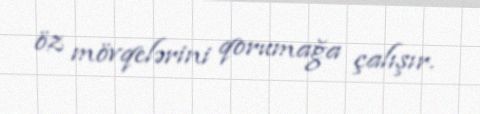
öz mövqelərini qorumağa çalışır.